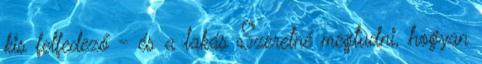
kis felfedező - és a lakás Szeretné megtudni, hogyan